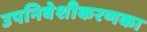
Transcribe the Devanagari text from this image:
उपनिवेशीकरणका